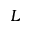
L